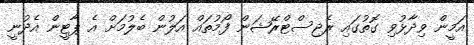
އަމީން ވިދާޅުވި ގޮތުގައި ރެޖިސްޓްރޭޝަން ފޯމުތައް އަލުން ބެލުމަށް އެ ޕާޓީން އެދުނީ